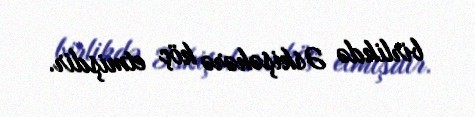
birlikdə Əskişəhərə köç etmişdir.